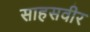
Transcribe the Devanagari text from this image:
साहसवीर